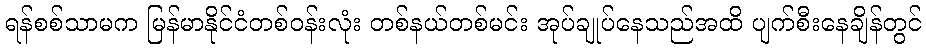
ရန်စစ်သာမက မြန်မာနိုင်ငံတစ်ဝန်းလုံး တစ်နယ်တစ်မင်း အုပ်ချုပ်နေသည်အထိ ပျက်စီးနေချိန်တွင်